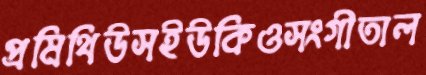
প্রমিথিউসইউকিওসংগীতাল